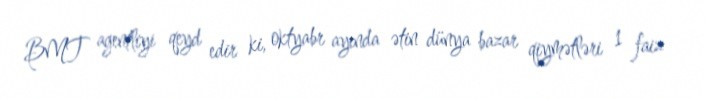
BMT agentliyi qeyd edir ki, oktyabr ayında ətin dünya bazar qiymətləri 1 faiz